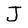
Character: J